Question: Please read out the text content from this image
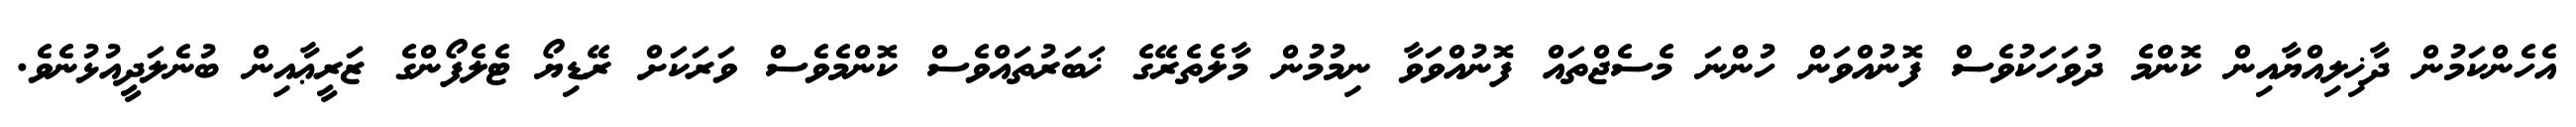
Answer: އެހެންކަމުން ދާޚިލިއްޔާއިން ކޮންމެ ދުވަހަކުވެސް ފޮނުއްވަން ހުންނަ މެސެޖްތައް ފޮނުއްވަވާ ނިމުމުން މާލެތެރޭގެ ޚަބަރުތައްވެސް ކޮންމެވެސް ވަރަކަށް ރޭޑިޔޯ ޓެލެފޯންގެ ޒަރީޢާއިން ބުނެލަދީއުޅުނެވެ.